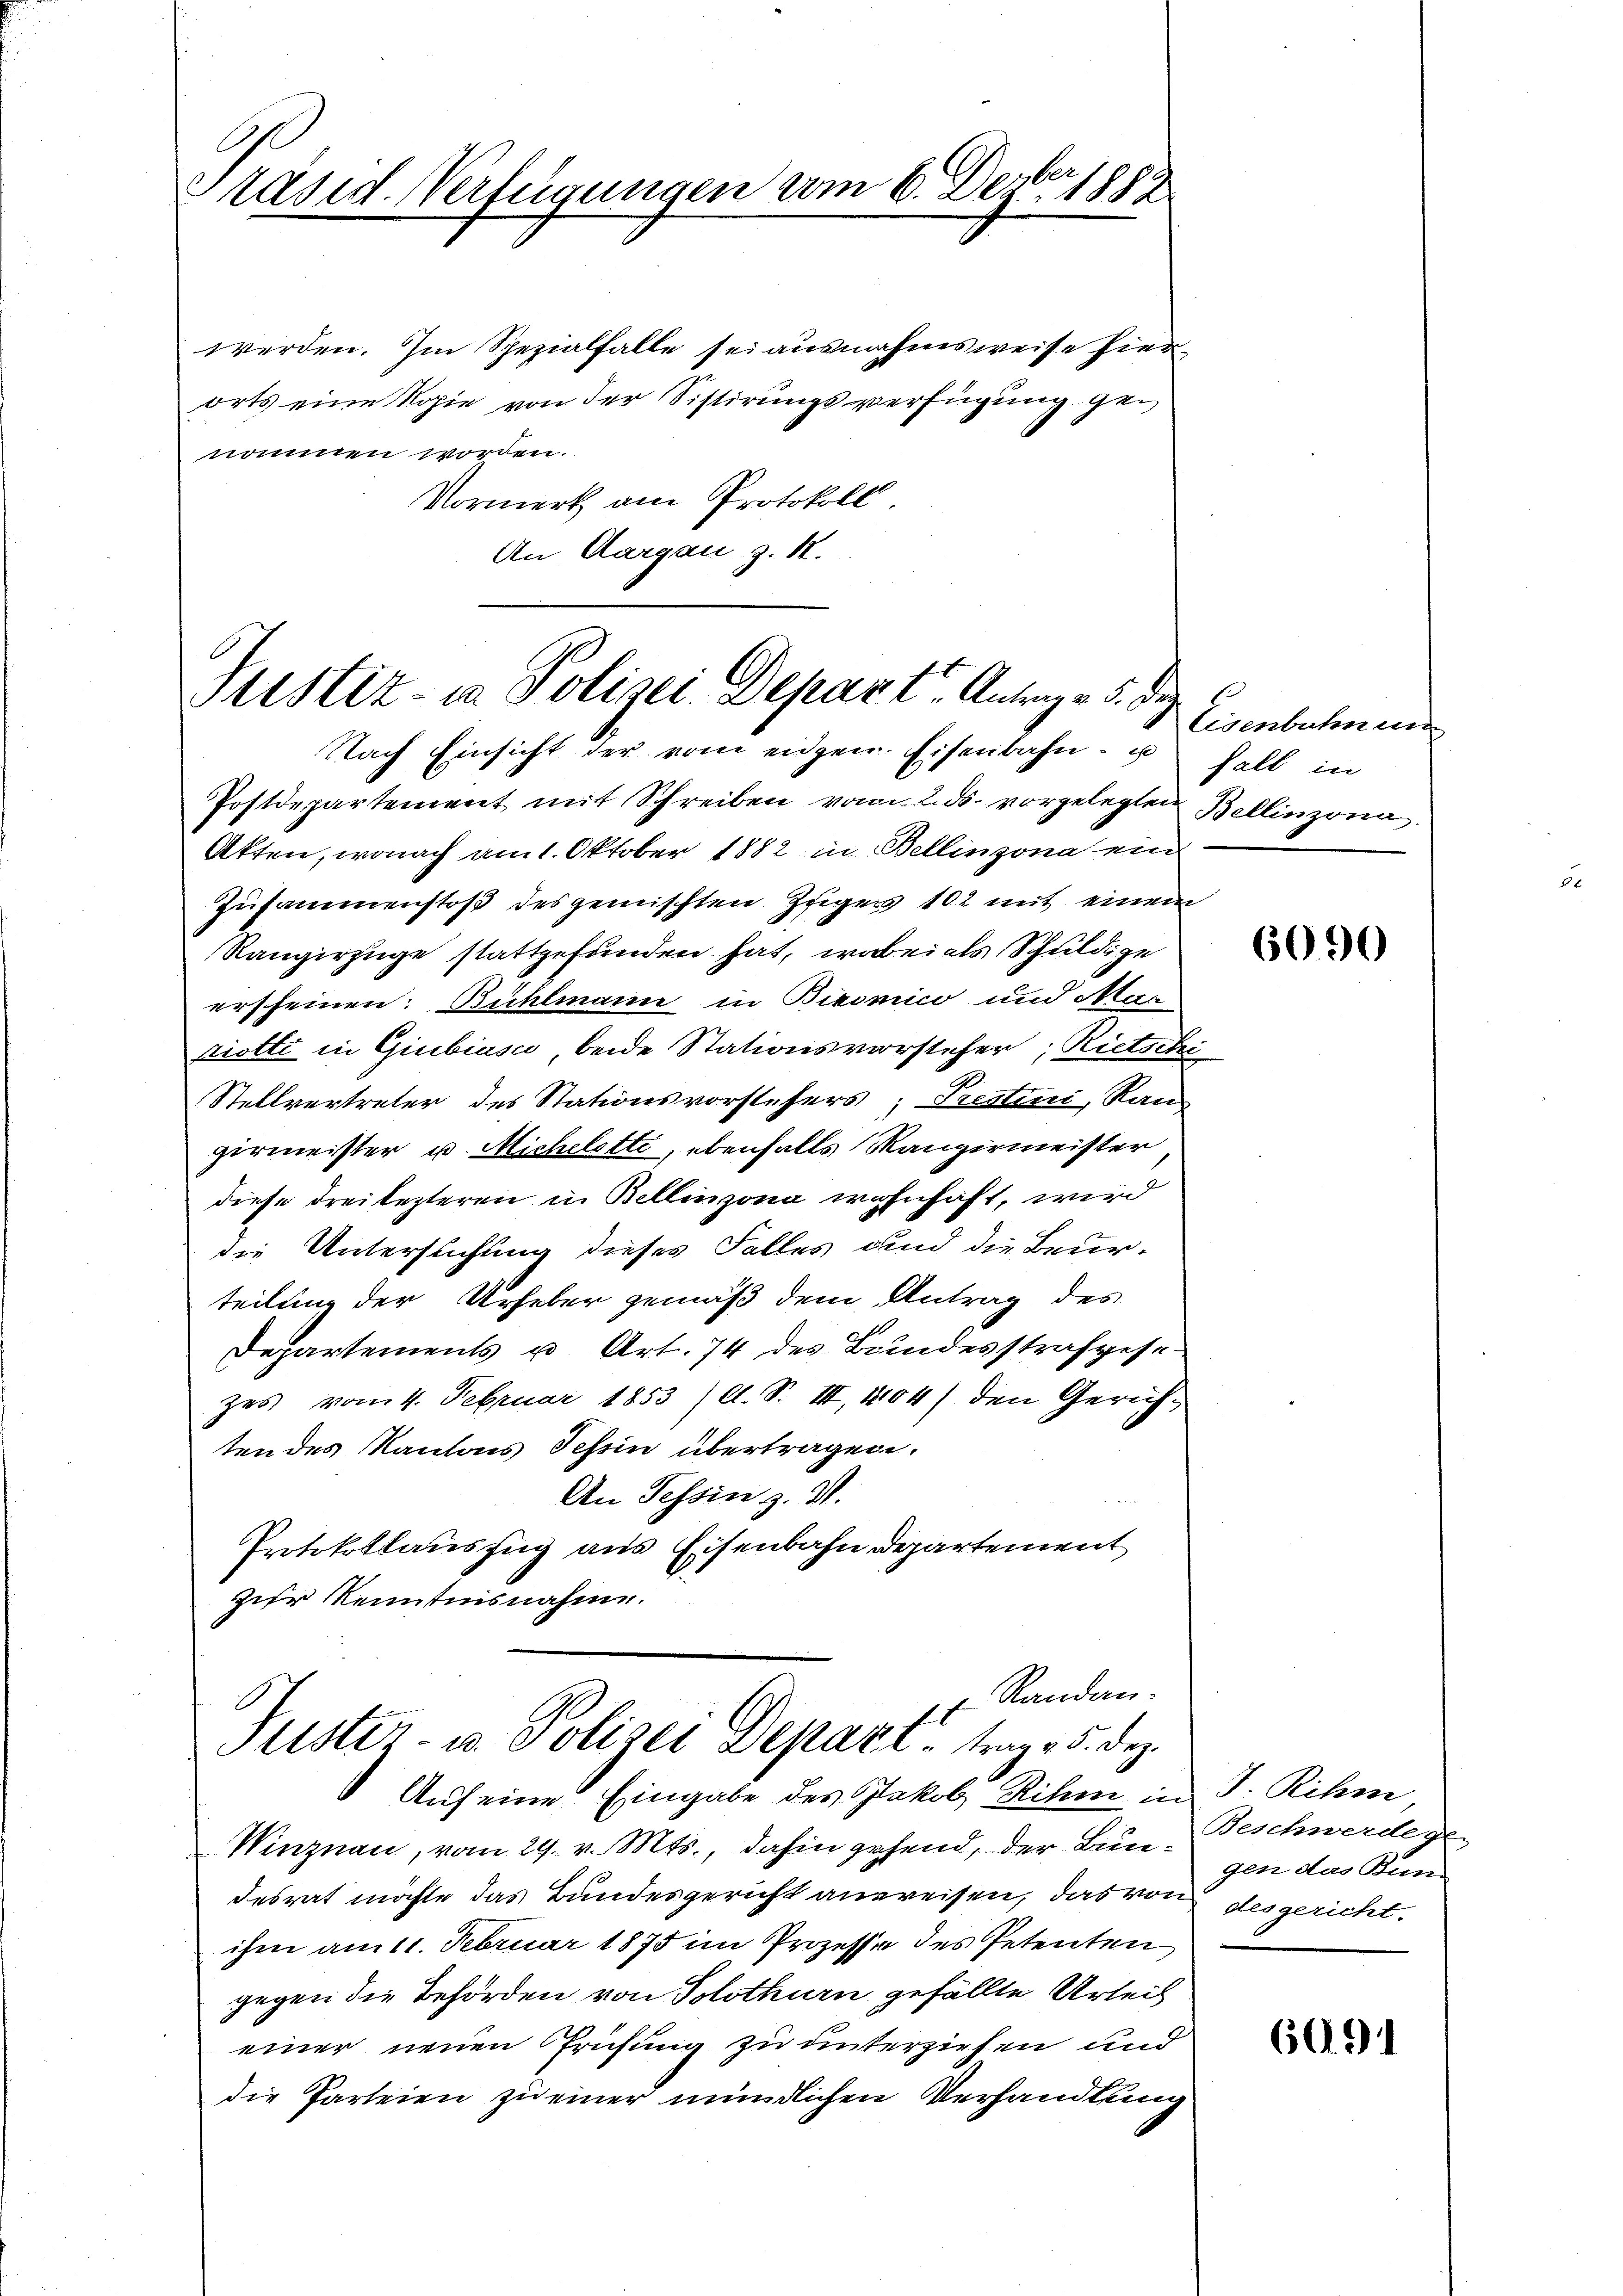
Präsid. Verfügungen vom 6. Dezbr 1882

werden. Im Spezialfalle sei ausnahmsweise hierorts eine Kopie von der Sistirungsverfügung ge
nommen worden.
Vormerk am Protokoll
An Aargau, z. 18.

Justiz - in Polizei Depart Antrage 5. dez
Nach Einsicht der vom eidgen. Eisenbahn- u Fall in
Postdepartement mit Schreiben vom 2. ds. vorgelegten Bellinzona
Atten, wonach am 1. Oktober 1882 in Bellinzona ein

Randan¬
Puster- u. Polizei Depart, trag 25. dez.
Auf eine Eingabe des Jakob Rihm in P. Rihm

Eisenbahnun

Zusammenstoß des gemischten Zugers 102 mit einem
Rangirzüge stattgefunden hat, wobei als Schuldige
erscheinen: Bühlmann in Birmico und Mar
riotti in Giubiasco, beide Stationsvorsteher, Rietschi
Stellvertreter des Stationsvorstehers; Testini, Rau
zirmeister u. Michelette, ebenfalls Mangermeister
diese drei lezteren in Bellinzona wohnhaft, wird
die Untersuchung dieses Falles und die Beurteilung der Urheber gemäß dem Antrag des
Departements u. Art. 74 des Bundesstrafgese
zes vom 4. Februar 1853 /ll. S. II, 4104) den Gerichten des Kantons Tessin übertragen.
An Tessin z. S.
Protokollauszug aus Eisenbahn Departement
zur Kenntnisnahme.

Winznau, vom 29. v. Mts., dahin gehend, der Bundesrat möchte das Bundesgericht anweisen, das von des gericht.
ihm am 11. Februar 1875 im Prozesse des Petenten
gegen die Behörden von Solothurn gefällte Urteil
einer neuen Prüfung zu unterziehen und
die Parteien zu einer mündlichen Verhandlung

6090

Beschwerdegen
gen das Bun-

69.91